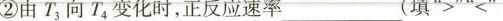
②由 T_{3}向T_{4} 变化时，正反应速率________________(填”>”<”